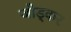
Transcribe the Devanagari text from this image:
जोड्कर